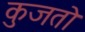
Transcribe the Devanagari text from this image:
कुजतो